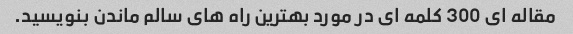
مقاله ای 300 کلمه ای در مورد بهترین راه های سالم ماندن بنویسید.